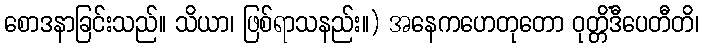
စောဒနာခြင်းသည်။ သိယာ၊ ဖြစ်ရာသနည်း။) အနေကဟေတုတော ဝုတ္တိံဒီပေတီတိ၊